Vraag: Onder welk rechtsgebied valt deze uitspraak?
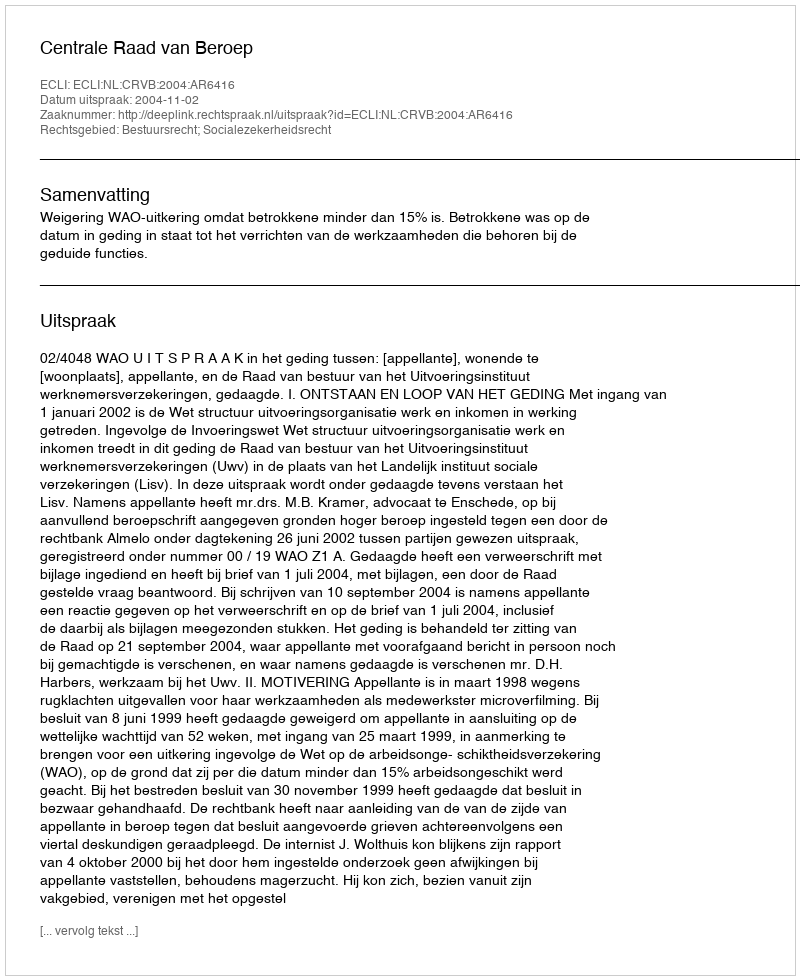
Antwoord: Bestuursrecht; Socialezekerheidsrecht